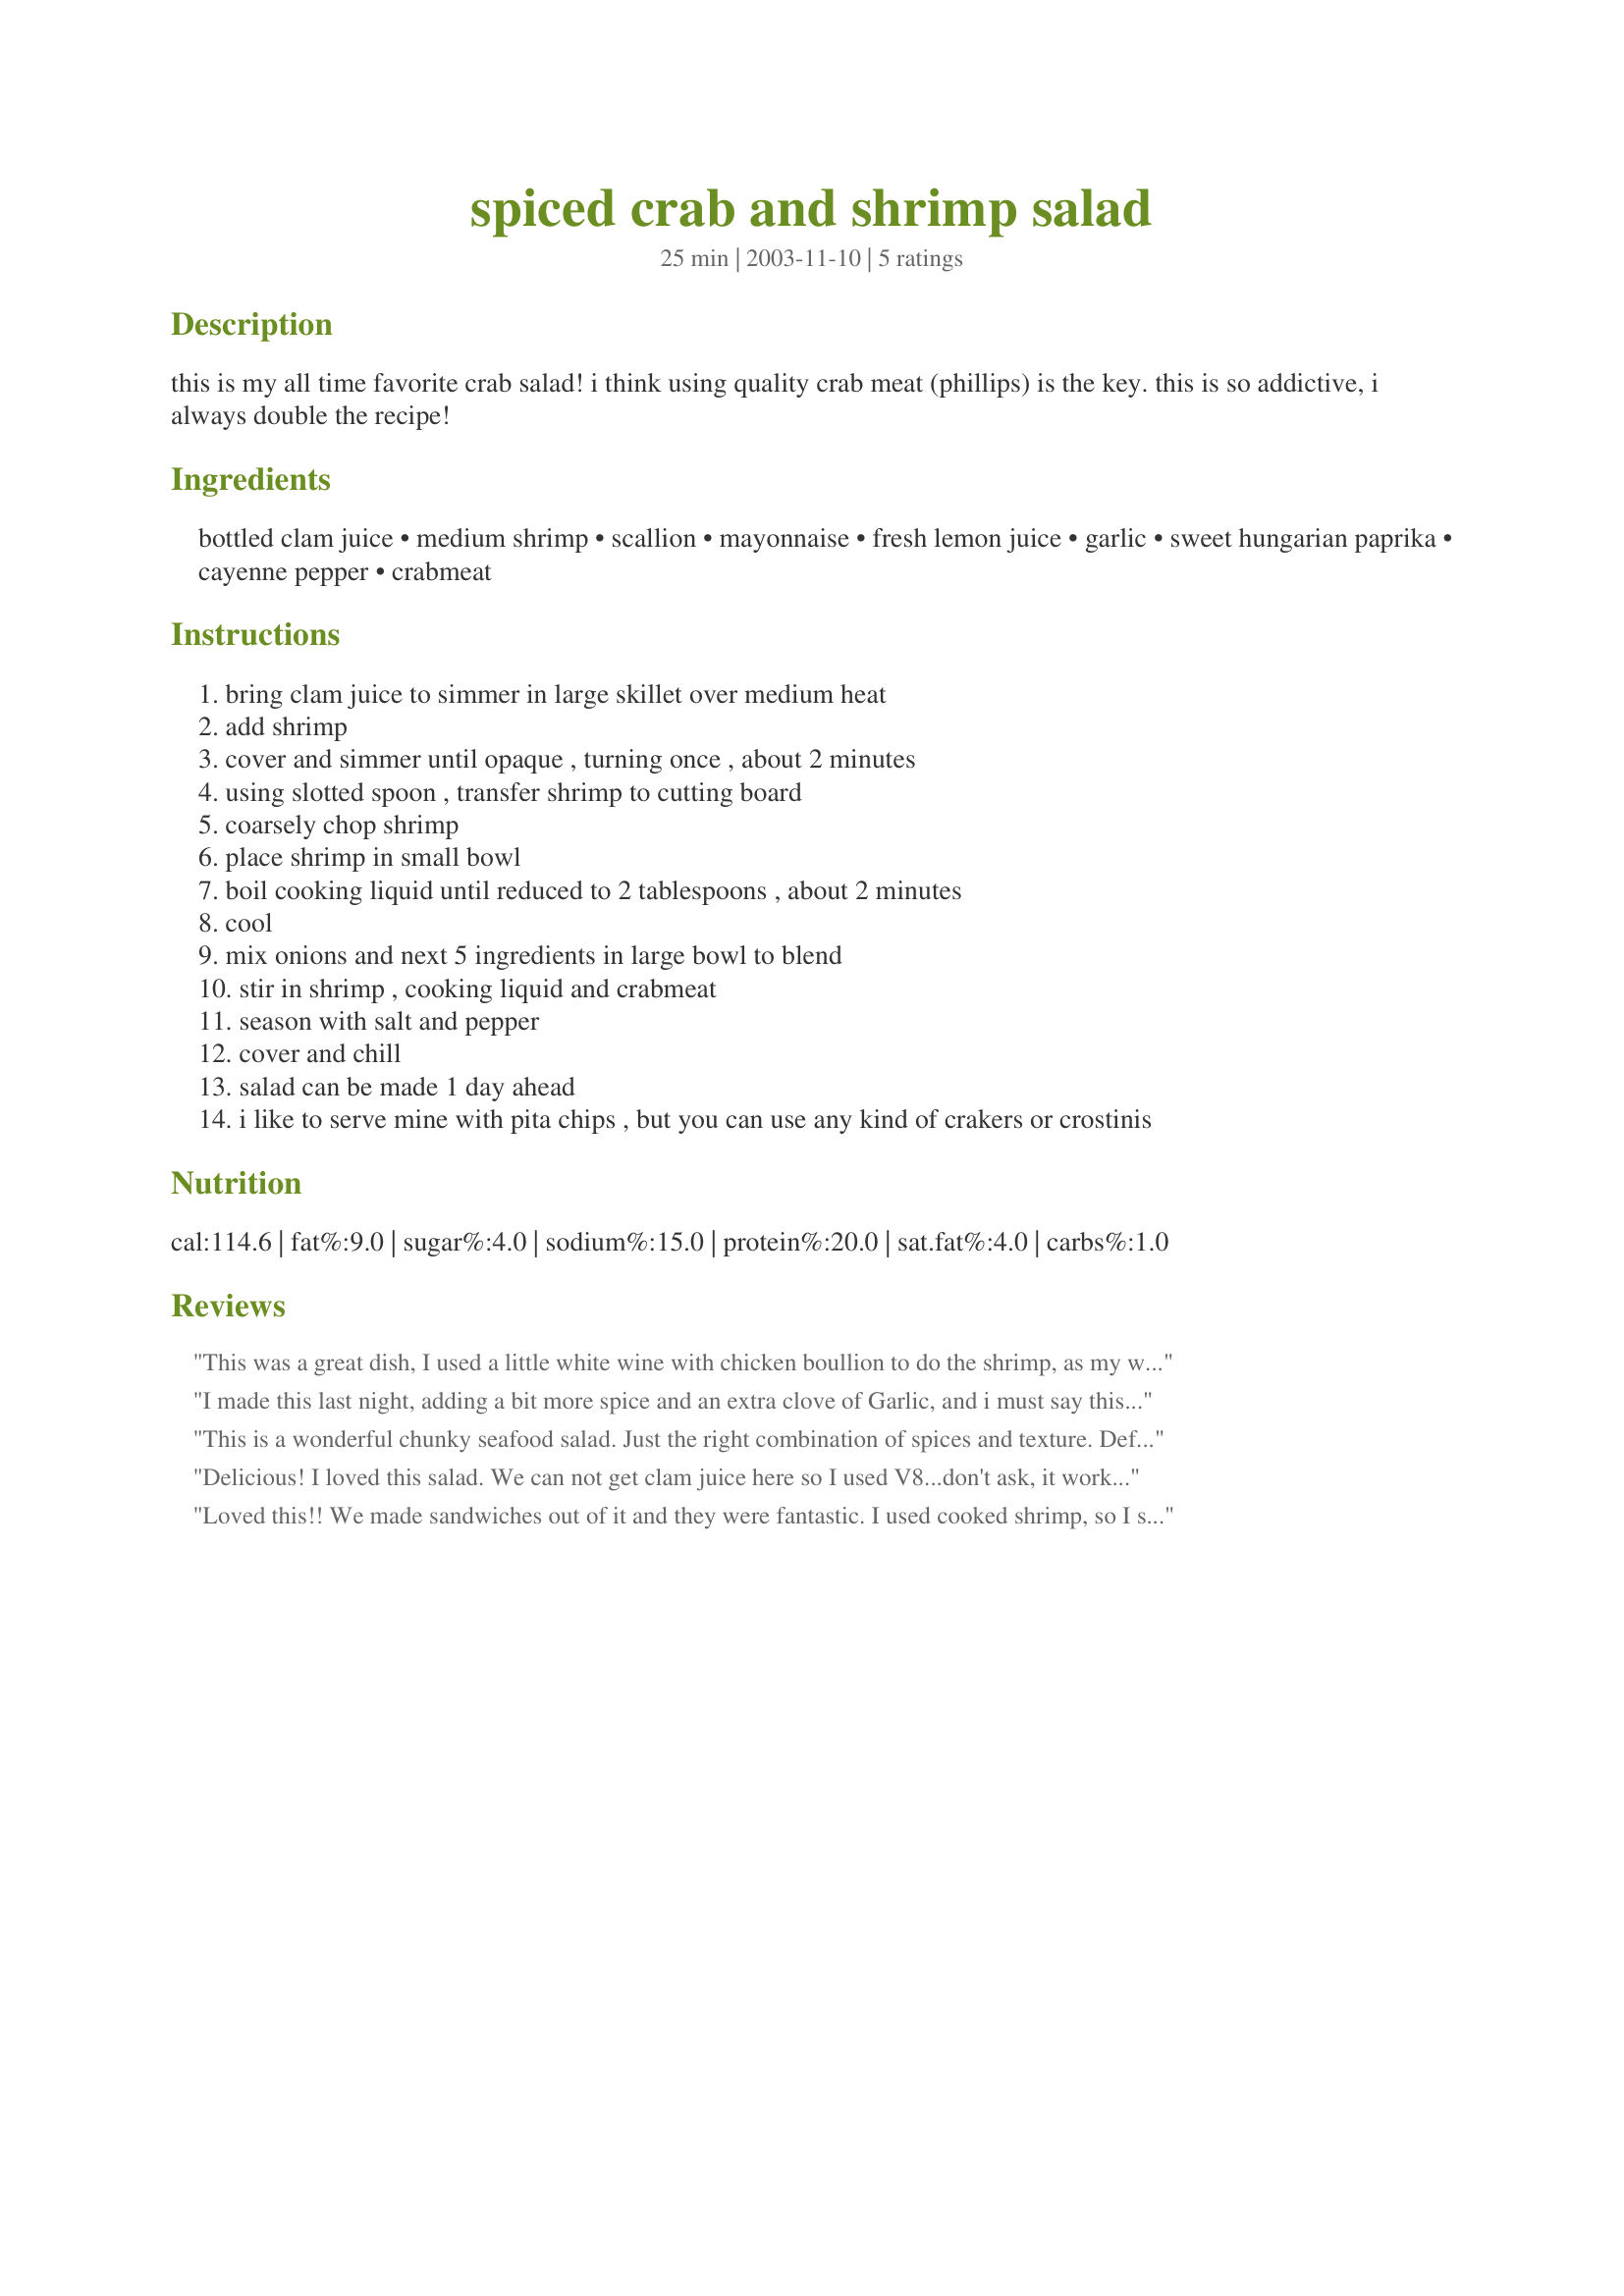
spiced crab and shrimp salad
Preparation time: 25 minutes

this is my all time favorite crab salad! i think using quality crab meat (phillips) is the key. this is so addictive, i always double the recipe!

Ingredients:
bottled clam juice, medium shrimp, scallion, mayonnaise, fresh lemon juice, garlic, sweet hungarian paprika, cayenne pepper, crabmeat

Steps:
bring clam juice to simmer in large skillet over medium heat
add shrimp
cover and simmer until opaque , turning once , about 2 minutes
using slotted spoon , transfer shrimp to cutting board
coarsely chop shrimp
place shrimp in small bowl
boil cooking liquid until reduced to 2 tablespoons , about 2 minutes
cool
mix onions and next 5 ingredients in large bowl to blend
stir in shrimp , cooking liquid and crabmeat
season with salt and pepper
cover and chill
salad can be made 1 day ahead
i like to serve mine with pita chips , but you can use any kind of crakers or crostinis

Reviews:
This was a great dish, I used a little white wine with chicken boullion to do the shrimp, as my wife dosn't like it too fishy, so this worked great. Just a note but it was a bit spicy, not so much of the cayenne next time.
I made this last night, adding a bit more spice and an extra clove of Garlic, and i must say this is probably the best seafood salad I have ever served. I made the whole recipe and my wife and I nearly finished it. I uesd the Chicken of the Sea "premium swimming blue crab meat" from costco, and used cooked salad shrimp instead of boiling the shrimp in Clam juice, and the result was still fantastic. I just used the cooked shrimp because the temperature here was over 100 degrees F and I did not want to boil ANYTHING. For the record, the Sostco cooked Salad shrimp worked just fine. You have to try this at least once.
This is a wonderful chunky seafood salad. Just the right combination of spices and texture. Definetly double the recipe because leftovers are wonderful for sandwiches the next day. Excellent recipe.:)
Delicious! I loved this salad. We can not get clam juice here so I used V8...don't ask, it worked! I will gladly make this again and again.
Loved this!! We made sandwiches out of it and they were fantastic. I used cooked shrimp, so I skipped that part but followed the rest of the instructions. Very easy too! Thanks for a keeper Grace!!
